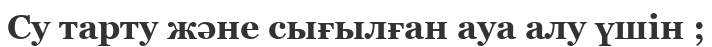
Су тарту және сығылған ауа алу үшін ;